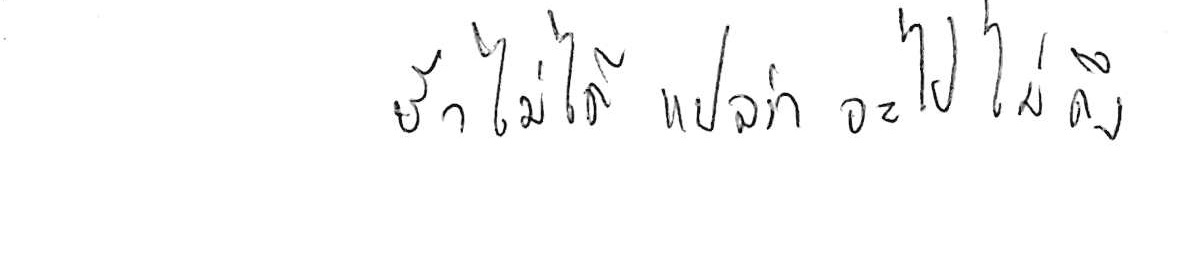
ช้า ไม่ได้แปลว่า จะไปไม่ถึง